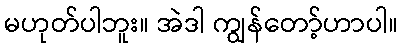
မဟုတ်ပါဘူး။ အဲဒါ ကျွန်တော့်ဟာပါ။